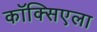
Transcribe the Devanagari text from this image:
कॉक्सिएला